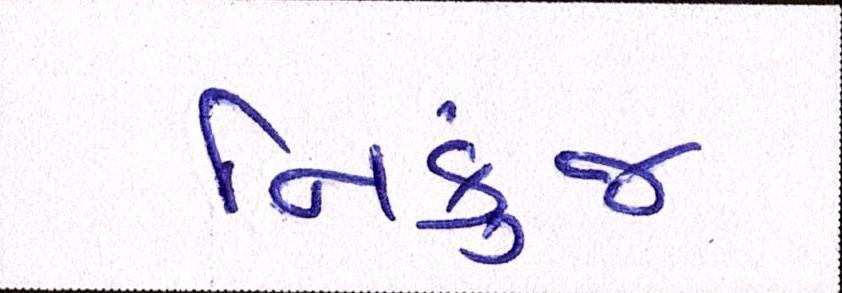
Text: નિકુંજ